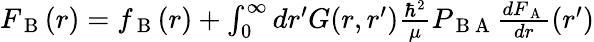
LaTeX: \begin{array}{r}{F_{\mathrm{~B~}}(r)=f_{\mathrm{~B~}}(r)+\int_{0}^{\infty}dr^{\prime}G(r,r^{\prime})\frac{\hbar^{2}}{\mu}P_{\mathrm{~B~A~}}\frac{dF_{\mathrm{~A~}}}{dr}(r^{\prime})}\end{array}